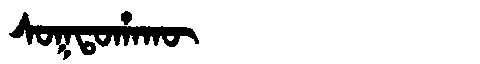
Manchu: ᠰᠣᡴᡨᠣᡥᠠᡴᡡ
Romanization: SOKTOHAKŪ